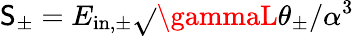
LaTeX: \mathsf{S}_{\pm}=E_{\mathrm{{in,\pm}}}\sqrt{}{{\gammaL\theta_{\pm}/\alpha^{3}}}